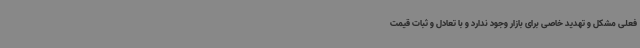
فعلی مشکل و تهدید خاصی برای بازار وجود ندارد و با تعادل و ثبات قیمت